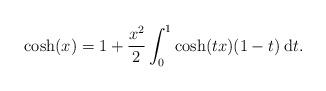
LaTeX: \begin{align*} \cosh(x) & = 1 + \frac{x^2}{2} \int_0^1\cosh(tx)(1-t) \:\mathrm{d}t. \end{align*}